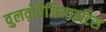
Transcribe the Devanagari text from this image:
वुलवोवैजिनाइटिस